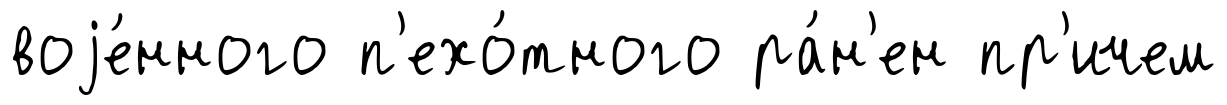
воjе́нного п'ехо́тного ра́н'ен пр'ичем